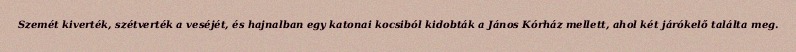
Szemét kiverték, szétverték a veséjét, és hajnalban egy katonai kocsiból kidobták a János Kórház mellett, ahol két járókelő találta meg.